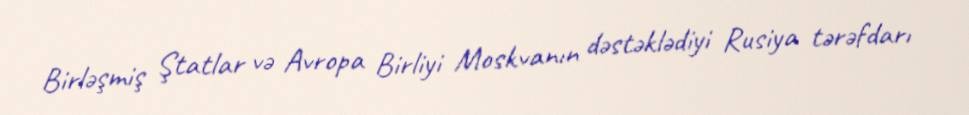
Birləşmiş Ştatlar və Avropa Birliyi Moskvanın dəstəklədiyi Rusiya tərəfdarı